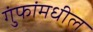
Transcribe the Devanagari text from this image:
गुंफांमधील